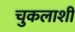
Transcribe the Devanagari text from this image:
चुकलाशी